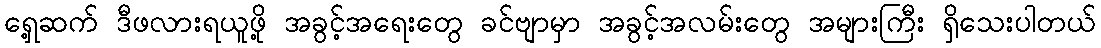
ရှေ့ဆက် ဒီဖလားရယူဖို့ အခွင့်အရေးတွေ ခင်ဗျာမှာ အခွင့်အလမ်းတွေ အများကြီး ရှိသေးပါတယ်